Reports on military cantonments and civil stations in the Presidency of Bombay inspected by the Sanitary Commissioner in the years 1875 and 1876
Year: 1875
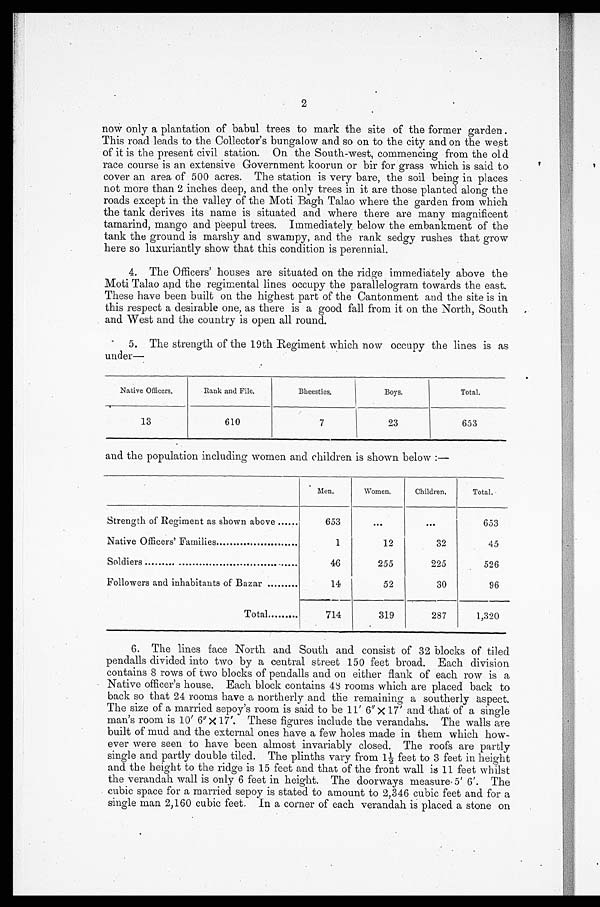
2
now only a plantation of babul trees to mark the site of the former garden .
This road leads to the Collector's bungalow and so on to the city and on the west
of it is the present civil station. On the South-west, commencing from the old
race course is an extensive Government koorun or bir for grass which is said to
cover an area of 500 acres. The station is very bare, the soil being in places
not more than 2 inches deep, and the only trees in it are those planted along the
roads except in the valley of the Moti Bagh Talao where the garden from which
the tank derives its name is situated and where there are many magnificent
tamarind, mango and peepul trees. Immediately below the embankment of the
tank the ground is marshy and swampy, and the rank sedgy rushes that grow
here so luxuriantly show that this condition is perennial.
4. The Officers' houses are situated on the ridge immediately above the
Moti Talao and the regimental lines occupy the parallelogram towards the east.
These have been built on the highest part of the Cantonment and the site is in
this respect a desirable one, as there is a good fall from it on the North, South
and West and the country is open all round.
5. The strength of the 19th Regiment which now occupy the lines is as
under—
Native Officers.
Rank and File.
Bheesties.
Boys.
Total.
13
610
7
23
653
and the population including women and children is shown below :—
Men.
women.
Children.
Total.
Strength of Regiment as shown above
653
. . .
. . .
653
Native Officers' Families
1
12
32
45
Soldiers
46
255
225
526
Followers and inhabitants of Bazar
14
52
30
96
Total
714
319
287
1,320
6. The lines face North and South and consist of 32 blocks of tiled
pendalls divided into two by a central street 150 feet broad. Each division
contains 8 rows of two blocks of pendalls and on either flank of each row is a
Native officer's house. Each block contains 48 rooms which are placed back to
back so that 24 rooms have a northerly and the remaining a southerly aspect.
The size of a married sepoy's room is said to be 11' 6'' x 17' and that of a single
man's room is 10' 6" X 17'. These figures include the verandahs. The walls are
built of mud and the external ones have a few holes made in them which how-
ever were seen to have been almost invariably closed. The roofs are partly
single and partly double tiled. The plinths vary from 1½ feet to 3 feet in height
and the height to the ridge is 15 feet and that of the front wall is 11 feet whilst
the Verandah wall is only 6 feet in height. The doorways measure 5 ' 6 ' . The
cubic space for a married sepoy is stated to amount to 2,346 cubic feet and for a
single man 2,160 cubic feet. In a corner of each verandah is placed a stone on